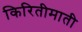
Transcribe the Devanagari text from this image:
किरितीमाती